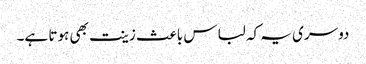
دوسری یہ کہ لباس باعث زینت بھی ہوتا ہے۔